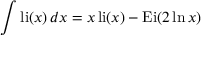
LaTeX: \int \operatorname { l i } ( x ) \, d x = x \operatorname { l i } ( x ) - \operatorname { E i } ( 2 \ln x )